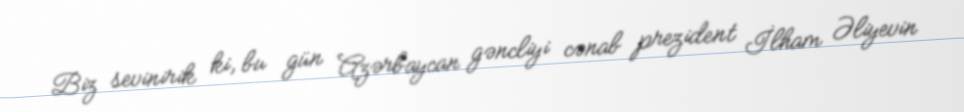
Biz sevinirik ki, bu gün Azərbaycan gəncliyi cənab prezident İlham Əliyevin